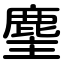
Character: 麈